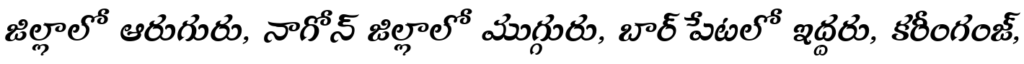
జిల్లాలో ఆరుగురు, నాగోన్ జిల్లాలో ముగ్గురు, బార్ పేటలో ఇద్దరు, కరీంగంజ్,